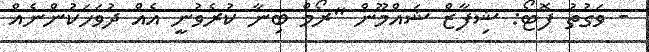
- ވަގުތު ފޮޓޯ: ޝިފާޒް ޝައްމޫން "ރޯމް ބިނާ ކުރެވުނީ އެއް ދުވަހަކުންނެއް